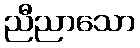
ညီညာသော